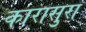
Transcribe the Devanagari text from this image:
कारासुरा